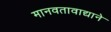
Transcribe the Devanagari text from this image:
मानवतावाद्याने